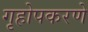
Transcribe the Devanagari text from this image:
गृहोपकरणे